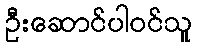
ဦးဆောင်ပါဝင်သူ